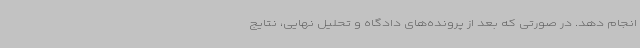
انجام دهد. در صورتی که بعد از پرونده‌های دادگاه و تحلیل نهایی، نتایج